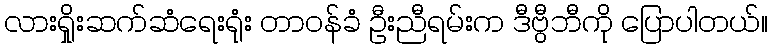
လားရှိုးဆက်ဆံရေးရုံး တာဝန်ခံ ဦးညီရမ်းက ဒီဗွီဘီကို ပြောပါတယ်။